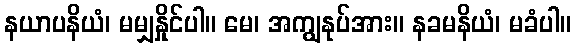
နယာပနိယံ၊ မမျှနှိုင်ပါ။ မေ၊ အကျွနုပ်အား။ နခမနိယံ၊ မခံပါ။